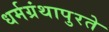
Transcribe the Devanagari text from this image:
धर्मग्रंथापुरते